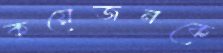
কয়েজনকে